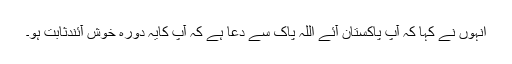
انہوں نے کہا کہ آپ پاکستان آئے اللہ پاک سے دعا ہے کہ آپ کایہ دورہ خوش آئندثابت ہو۔